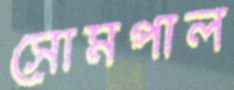
সোমপাল